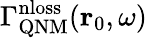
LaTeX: \Gamma_{\mathrm{QNM}}^{\mathrm{nloss}}(\mathbf{r}_{0},\omega)